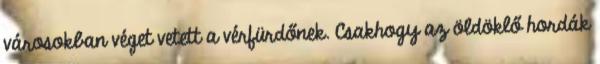
városokban véget vetett a vérfürdőnek. Csakhogy az öldöklő hordák